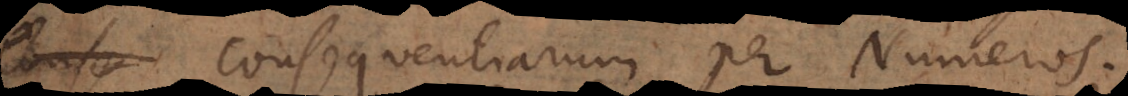
consequentiarum per Numeros.